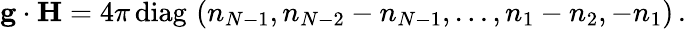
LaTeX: {\mathbf g}\cdot{\mathbf H}={4\pi}\, \mathrm{diag}\, \, (n_{N-1},n_{N-2}-n_{N-1},\dots,n_{1}-n_{2},-n_{1})\, .